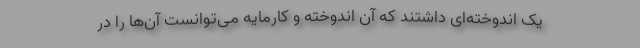
یک اندوخته‌ای داشتند که آن اندوخته و کارمایه می‌توانست آن‌ها را در